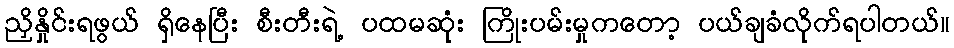
ညှိနှိုင်းရဖွယ် ရှိနေပြီး စီးတီးရဲ့ ပထမဆုံး ကြိုးပမ်းမှုကတော့ ပယ်ချခံလိုက်ရပါတယ်။